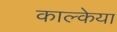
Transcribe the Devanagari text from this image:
काल्केया